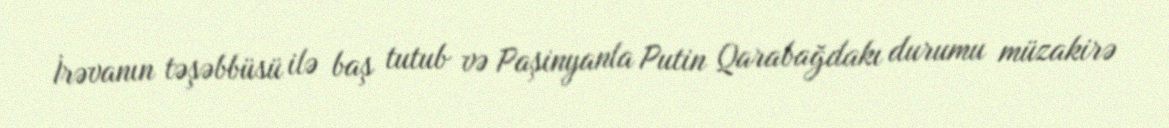
İrəvanın təşəbbüsü ilə baş tutub və Paşinyanla Putin Qarabağdakı durumu müzakirə